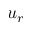
u _ { r }